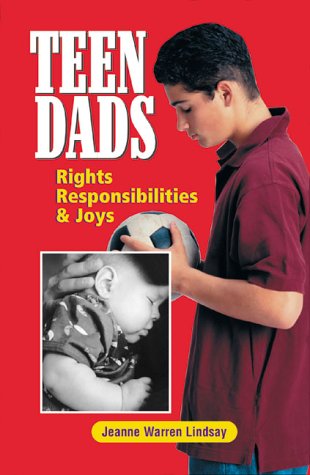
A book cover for Teen Dads: Rights, Responsibilities and Joys (Teen Pregnancy and Parenting series); Jeanne Warren Lindsay; Teen & Young Adult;